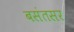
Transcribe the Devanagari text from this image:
बसंतसर